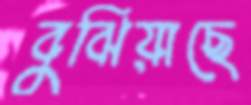
বুঝিয়াছে